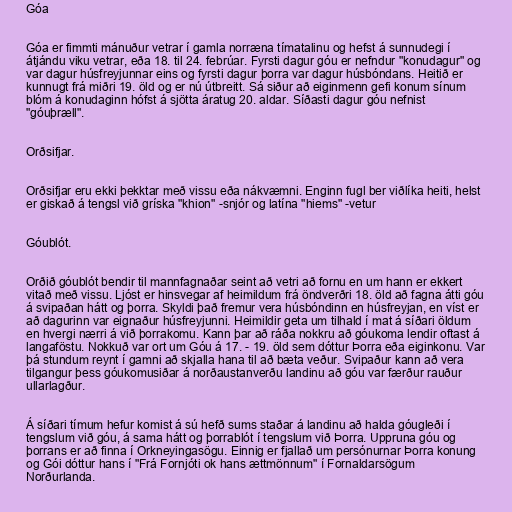
Góa

Góa er fimmti mánuður vetrar í gamla norræna tímatalinu og hefst á sunnudegi í
átjándu viku vetrar, eða 18. til 24. febrúar. Fyrsti dagur góu er nefndur "konudagur" og
var dagur húsfreyjunnar eins og fyrsti dagur þorra var dagur húsbóndans. Heitið er
kunnugt frá miðri 19. öld og er nú útbreitt. Sá siður að eiginmenn gefi konum sínum
blóm á konudaginn hófst á sjötta áratug 20. aldar. Síðasti dagur góu nefnist
"góuþræll".

Orðsifjar.

Orðsifjar eru ekki þekktar með vissu eða nákvæmni. Enginn fugl ber viðlíka heiti, helst
er giskað á tengsl við gríska "khion" -snjór og latína "hiems" -vetur

Góublót.

Orðið góublót bendir til mannfagnaðar seint að vetri að fornu en um hann er ekkert
vitað með vissu. Ljóst er hinsvegar af heimildum frá öndverðri 18. öld að fagna átti góu
á svipaðan hátt og þorra. Skyldi það fremur vera húsbóndinn en húsfreyjan, en víst er
að dagurinn var eignaður húsfreyjunni. Heimildir geta um tilhald í mat á síðari öldum
en hvergi nærri á við þorrakomu. Kann þar að ráða nokkru að góukoma lendir oftast á
langaföstu. Nokkuð var ort um Góu á 17. - 19. öld sem dóttur Þorra eða eiginkonu. Var
þá stundum reynt í gamni að skjalla hana til að bæta veður. Svipaður kann að vera
tilgangur þess góukomusiðar á norðaustanverðu landinu að góu var færður rauður
ullarlagður.

Á síðari tímum hefur komist á sú hefð sums staðar á landinu að halda góugleði í
tengslum við góu, á sama hátt og þorrablót í tengslum við Þorra. Uppruna góu og
þorrans er að finna í Orkneyingasögu. Einnig er fjallað um persónurnar Þorra konung
og Gói dóttur hans í "Frá Fornjóti ok hans ættmönnum" í Fornaldarsögum
Norðurlanda.